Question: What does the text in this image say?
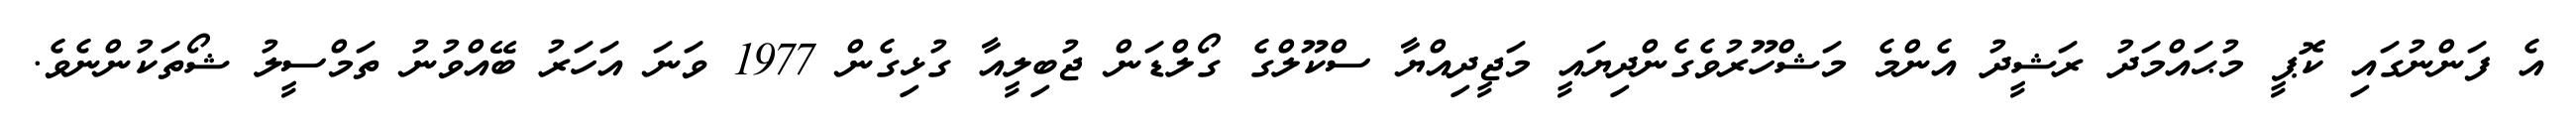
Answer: އެ ފަންނުގައި ކޮޕީ މުޙައްމަދު ރަޝީދު އެންމެ މަޝްހޫރުވެގެންދިޔައީ މަޖީދިއްޔާ ސްކޫލްގެ ގޯލްޑަން ޖުބިލީއާ ގުޅިގެން 1977 ވަނަ އަހަރު ބޭއްވުނު ތަމްސީލު ޝޯތަކުންނެވެ.